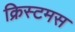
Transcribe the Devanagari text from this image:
क्रिस्टमस